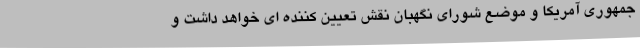
جمهوری آمریکا و موضع شورای نگهبان نقش تعیین کننده ای خواهد داشت و